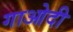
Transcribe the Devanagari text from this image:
गाओदी